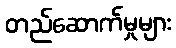
တည်ဆောက်မှုများ